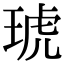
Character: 琥